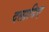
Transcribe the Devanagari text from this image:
दलादिए